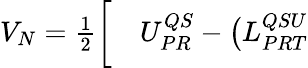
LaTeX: \begin{array}{rl}{V_{N}=\frac{1}{2}\bigg[}&{{}U_{PR}^{QS}-\big(L_{PRT}^{QSU}}\end{array}